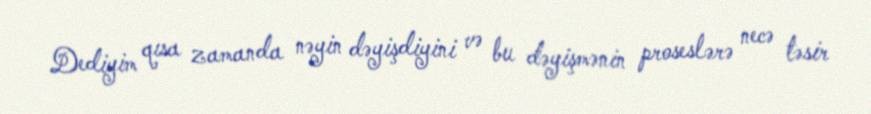
Dediyim qısa zamanda nəyin dəyişdiyini və bu dəyişmənin proseslərə necə təsir